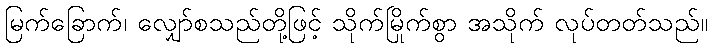
မြက်ခြောက်၊ လျှော်စသည်တို့ဖြင့် သိုက်မြိုက်စွာ အသိုက် လုပ်တတ်သည်။